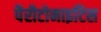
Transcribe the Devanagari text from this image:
पैरीटोनाइटिस